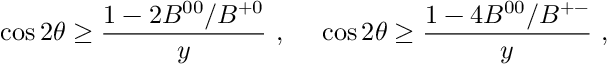
\cos 2 \theta \ge { \frac { 1 - 2 B ^ { 0 0 } / B ^ { + 0 } } { y } } ~ , ~ ~ ~ ~ \cos 2 \theta \ge { \frac { 1 - 4 B ^ { 0 0 } / B ^ { + - } } { y } } ~ ,